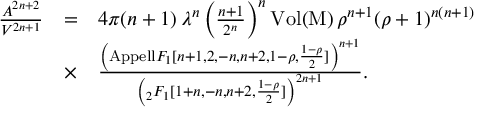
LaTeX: \begin{array} { r c l } { { \frac { A ^ { 2 n + 2 } } { V ^ { 2 n + 1 } } } } & { { = } } & { { 4 \pi ( n + 1 ) \, \lambda ^ { n } \left( \frac { n + 1 } { 2 ^ { n } } \right) ^ { n } \mathrm { V o l ( M ) } \, \rho ^ { n + 1 } ( \rho + 1 ) ^ { n ( n + 1 ) } } } \\ { { } } & { { \times } } & { { \frac { \left( \mathrm { { A p p e l l } } F _ { 1 } [ n + 1 , 2 , - n , n + 2 , 1 - \rho , \frac { 1 - \rho } { 2 } ] \right) ^ { n + 1 } } { \left( _ 2 F _ { 1 } [ 1 + n , - n , n + 2 , \frac { 1 - \rho } { 2 } ] \right) ^ { 2 n + 1 } } . } } \end{array}